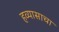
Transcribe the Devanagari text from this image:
हव्यासाचा